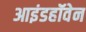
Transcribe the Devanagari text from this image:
आइंडहॉवेन